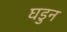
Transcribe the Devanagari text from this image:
घडुन